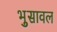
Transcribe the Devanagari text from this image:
भुुसावल